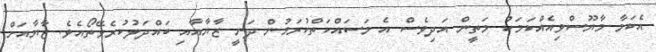
އެކަމާ މާޔޫސްވިއެއްކަމަކު މަތީން އަދިވެސް އެ މަސައްކަތްކުރަމުން ދަނީ ޒާޔާއާއި ބައްދަލުކުރެވޭތޯއެވެ. ޒާޔާއަށް